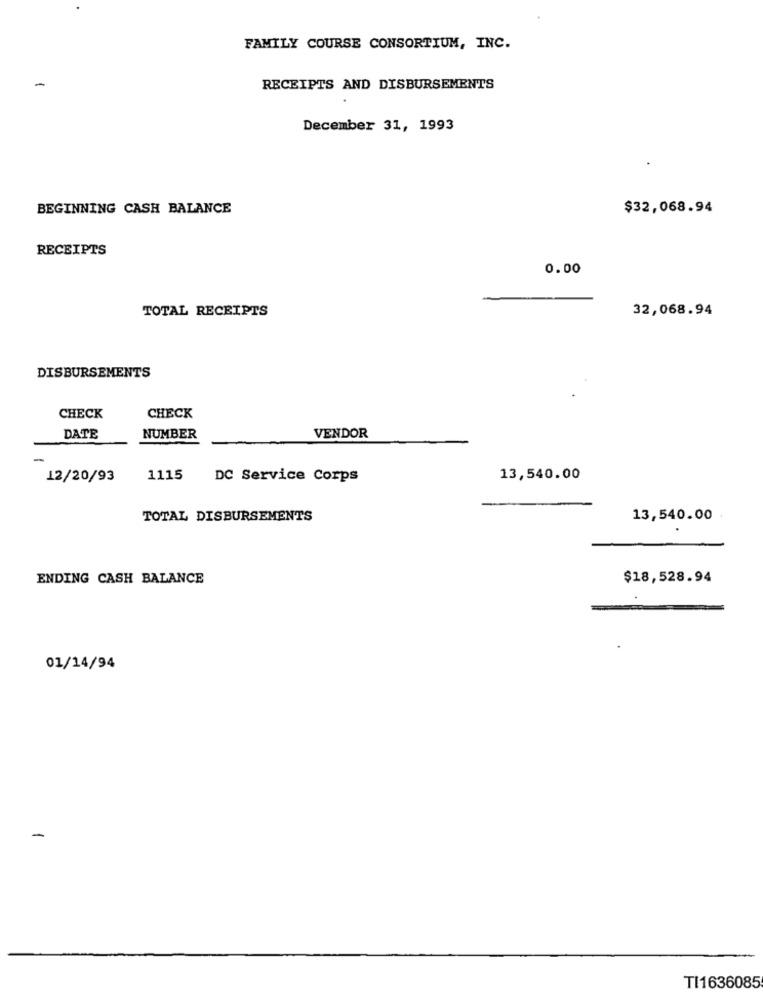
FAMILY COURSE CONSORTIUM, INC.
RECEIPTS AND DISBURSEMENTS
December 31, 1993
BEGINNING CASH BALANCE
$32,068.94
RECEIPTS
0.00
TOTAL RECEIPTS
32,068.94
DISBURSEMENTS
CHECK
CHECK
DATE
NUMBER
VENDOR
-
12/20/93
1115
DC Service Corps
13,540.00
TOTAL DISBURSEMENTS
13,540.00
ENDING CASH BALANCE
$18,528.94
01/14/94
-
TI1636085